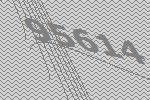
95614